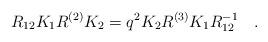
LaTeX: \begin{align*}R_{12} K_{1} R^{(2)} K_{2} = q^2 K_{2} R^{(3)} K_{1} R_{12}^{-1} \quad .\end{align*}